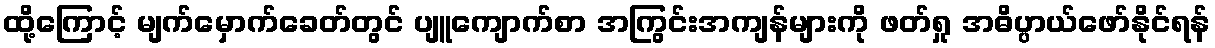
ထို့ကြောင့် မျက်မှောက်ခေတ်တွင် ပျူကျောက်စာ အကြွင်းအကျန်များကို ဖတ်ရှု အဓိပ္ပာယ်ဖော်နိုင်ရန်